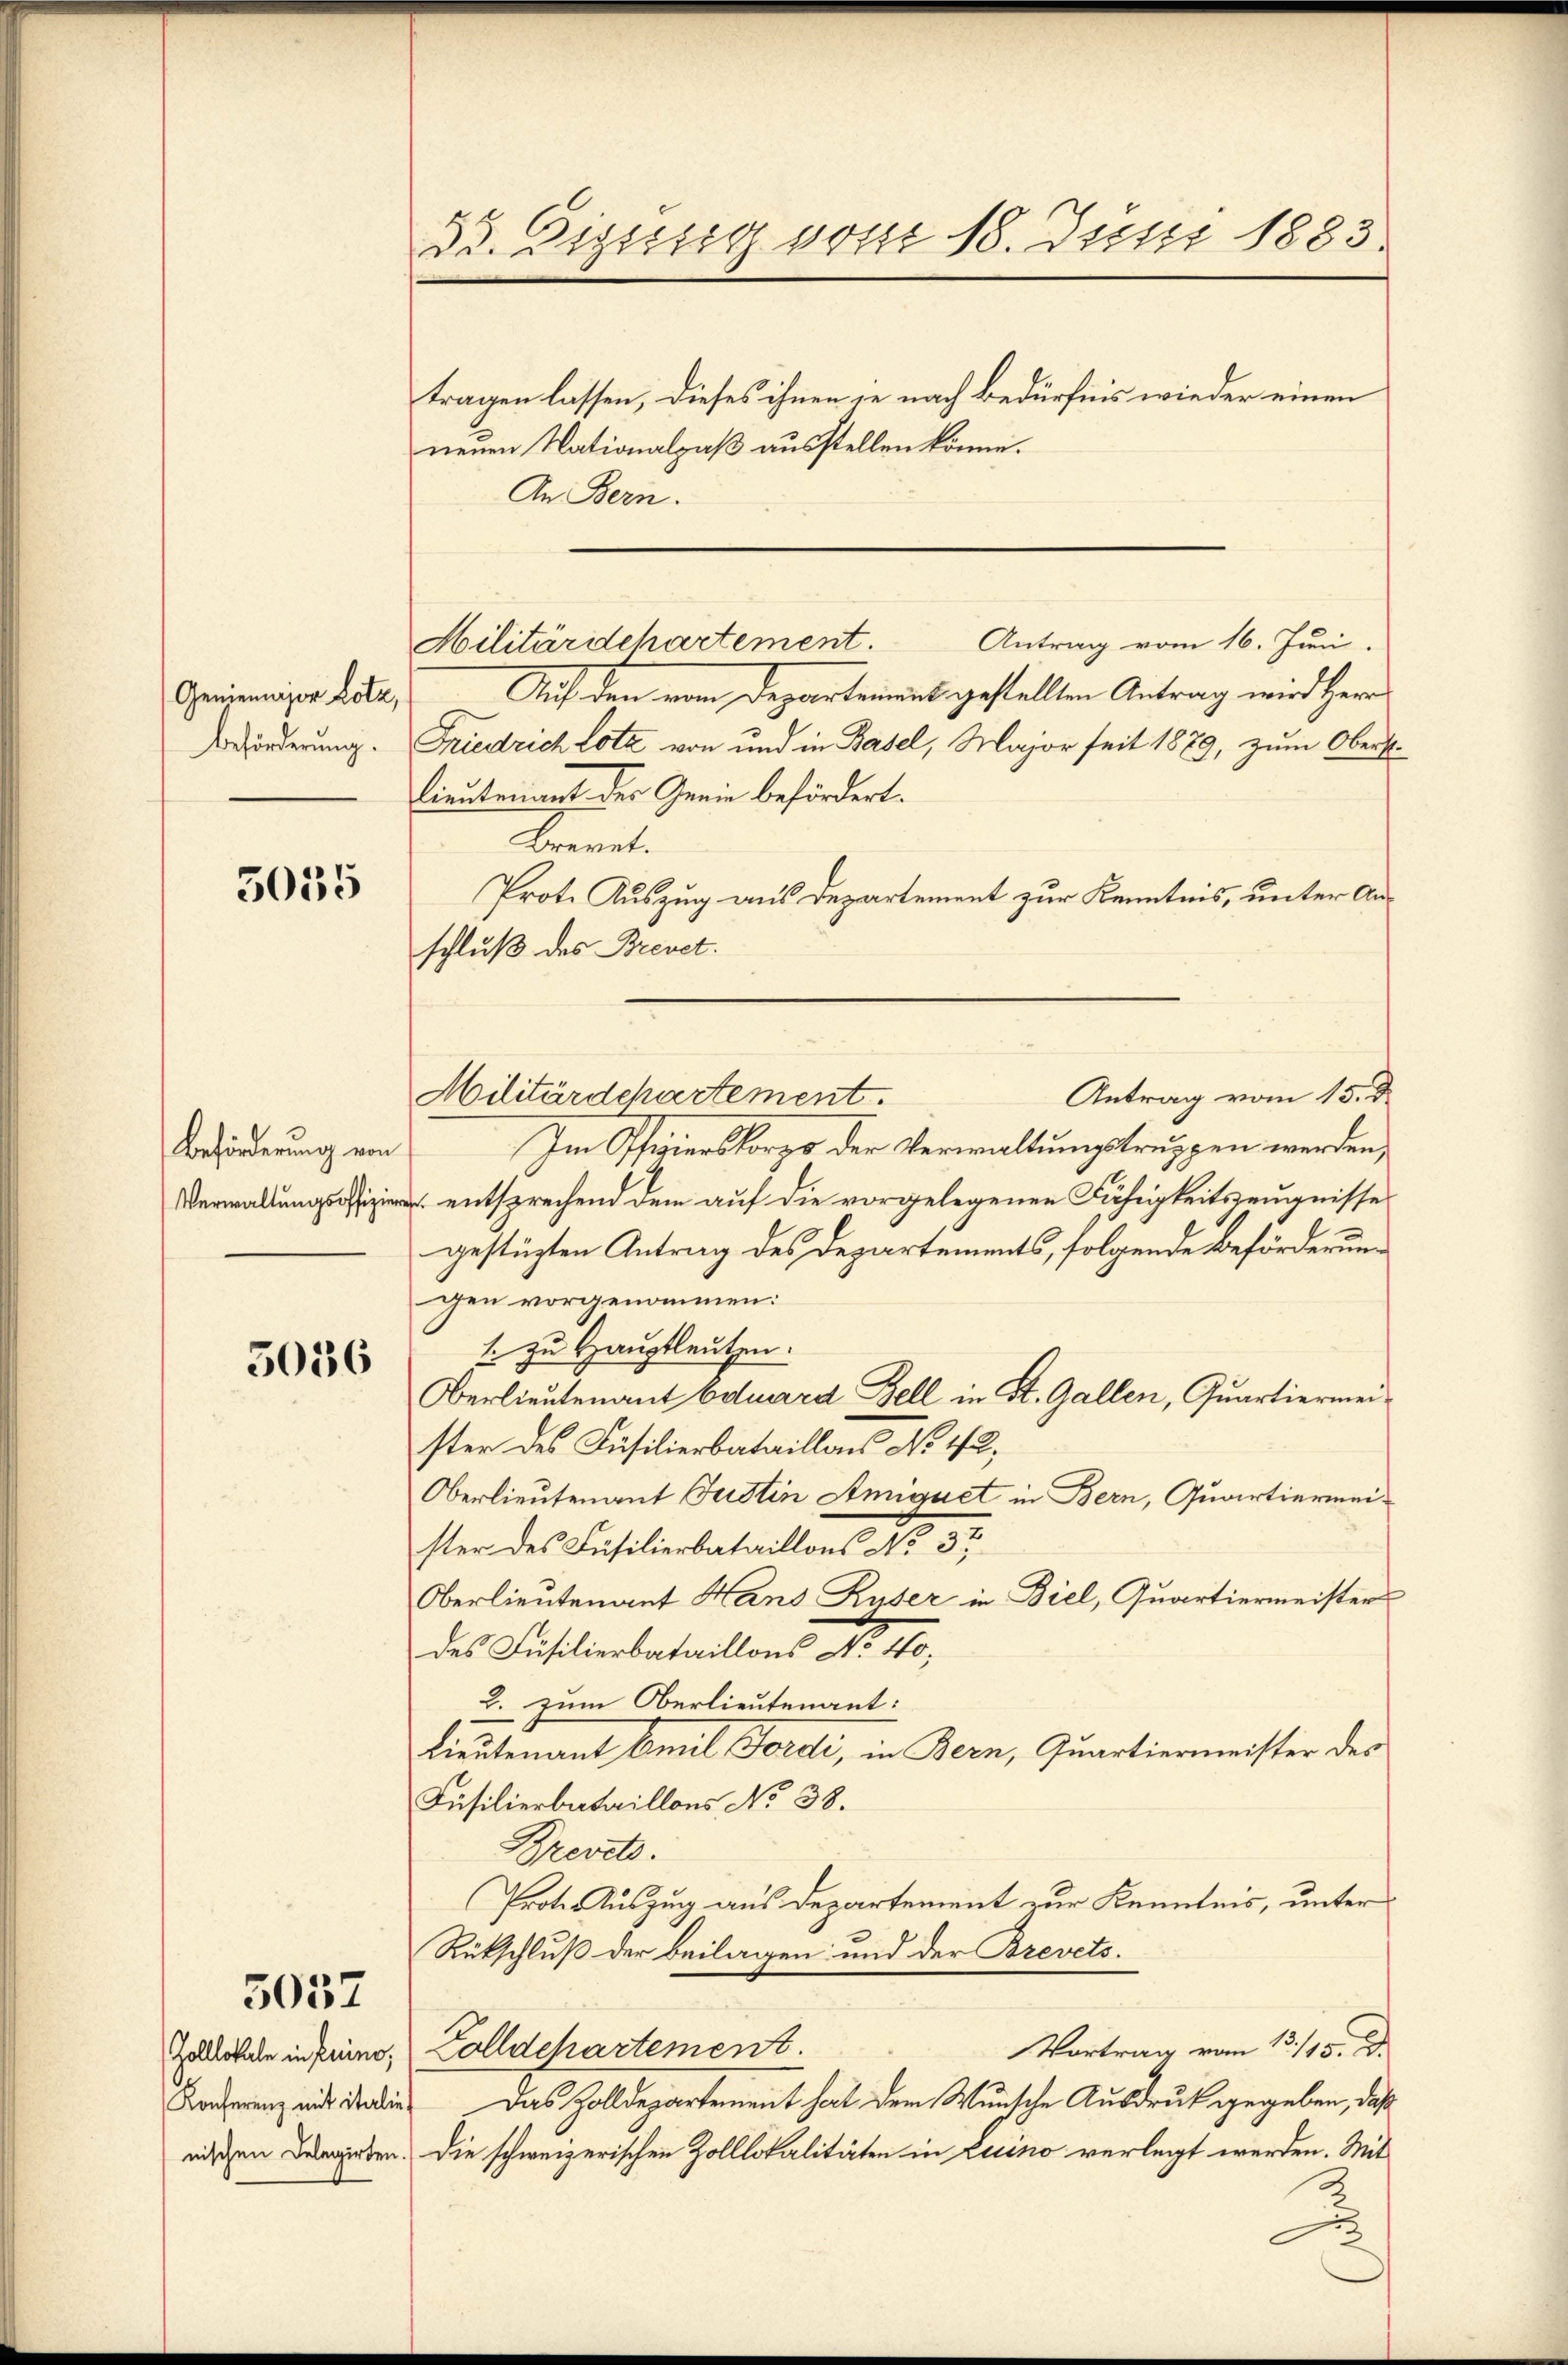
Geniennijor Lotz,
Beförderung.

5035

Beförderung von

5036

5037

Konferenz mit italie

35. Digsssig vom 18. Juni 1883.
tragen lassen, dieses ihnen je nach Bedürfnis wieder einen

Auf den vom Departeiment gestellten Antrag wird Herr
Friedrich Lotz von und in Basel, Major seit 1879, zum Oberst
lieutenant der Genie befördert.
Brevet.
Prote Auszug aus Departement zur Kenntnis, unter Anschluß des Brevet.
Im Pfizierskorpo der Verwaltungstruppen werden,
 entsprechend dem auf die vorgelegenen Fähigkeitszeugnisse
gestüzten Antrag des Departements, folgende Beförderungen vorgenommen:
1. zu Hauptleuten.
Oberlieutenant Eduard Fell in St. Gallen, Quartiermeister des Füsilierbataillons No 112,
Oberlieutenant Justin Amiquet in Bern, Quartiermeister des Füsilierbataillons No 3t
Oberlieutenant Hans Ryser in Biel, Quartiermeister
des Füsilierbataillons No. 460,
2. zum Oberlieutenant:
Lieutenant Emil Forde, in Bern, Quartiermeister der
Füsilierbataillons No 38.
Brevets.
Prote-Auszug aus Departement zur Kenntnis, unter
Rückschluß der beilagen und der Brevets¬
Vortrag vom 15./13. d.
Zollende in keine Zolldepartements.
Das Zolldepartement hat dem Wunsche Ausdruck gegeben, daß
nischen Begirten. Die schweizerischen Zolllokalitäten in Luino verlegt werden. Mit

neuen Nationalpaß ausstellen könne.
An Bern.

Antrag vom 16. Juni.
Militärdehartement.

Antrag vom 15. d.
Militärdepartement.